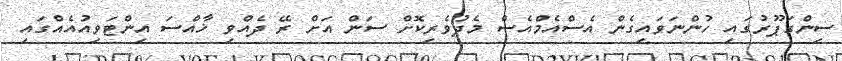
ސިންގަޕޫރުގައި ހުންނަވައިގެން އެސްއެމްއެސް މެދުވެރިކޮށް ސަން އަށް ރޭ ދެއްވި ޚާއްސަ އިންޓަވިއުއެއްގައި